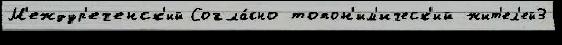
М'еждур'еченск'ий Согла́сно топон'им'ическ'ий жит'ел'ей3